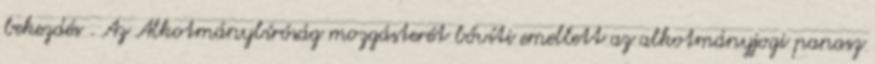
bekezdés . Az Alkotmánybíróság mozgásterét bővíti emellett az alkotmányjogi panasz